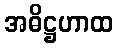
အဓိဋ္ဌဟာထ